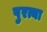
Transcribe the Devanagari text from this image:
पुरत्या